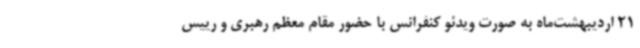
21 اردیبهشت‌ماه به صورت ویدئو کنفرانس با حضور مقام معظم رهبری و رییس